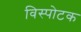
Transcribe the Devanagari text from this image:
विस्पोटक